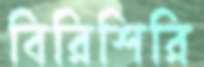
বিরিশিরি